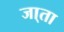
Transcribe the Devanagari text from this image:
जा्ता